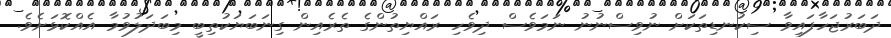
ދަބަރުޖަހާފައިވާ ސިކުނޑިތަކަށް ނުވިސްނުނު ނަމަވެސް ދިވެހި ރައްޔިތުންގެ ތެރެއިން ގިނަބަޔަކުތިބީ މިބަދަލުވުމާ އެއްކޮޅަށެވެ.